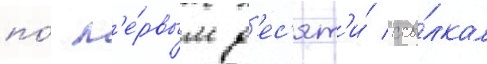
по́ п'е́рвым д'ес'ят'и́ ссы́лкам